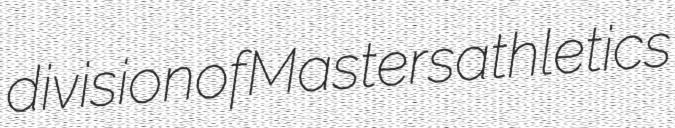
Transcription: division of Masters athletics